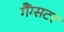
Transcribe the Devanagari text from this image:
गैंग्सटर